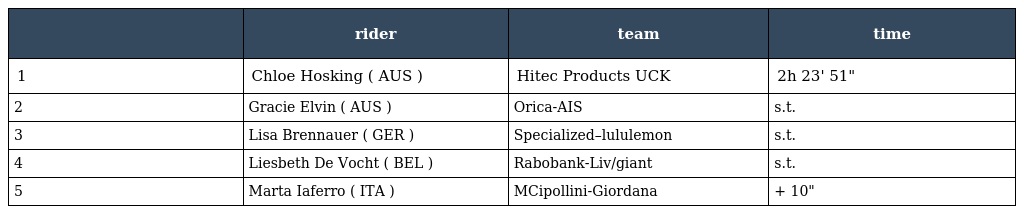
|  | rider | team | time |
 | --- | --- | --- | --- |
 | 1 | Chloe Hosking ( AUS ) | Hitec Products UCK | 2h 23' 51" |
 | 2 | Gracie Elvin ( AUS ) | Orica-AIS | s.t. |
 | 3 | Lisa Brennauer ( GER ) | Specialized–lululemon | s.t. |
 | 4 | Liesbeth De Vocht ( BEL ) | Rabobank-Liv/giant | s.t. |
 | 5 | Marta Iaferro ( ITA ) | MCipollini-Giordana | + 10" |